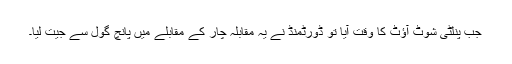
جب پنلٹی شوٹ آؤٹ کا وقت آیا تو ڈورٹمنڈ نے یہ مقابلہ چار کے مقابلے میں پانچ گول سے جیت لیا۔